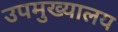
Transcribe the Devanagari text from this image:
उपमुख्यालय